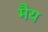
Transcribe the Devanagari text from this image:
मैय